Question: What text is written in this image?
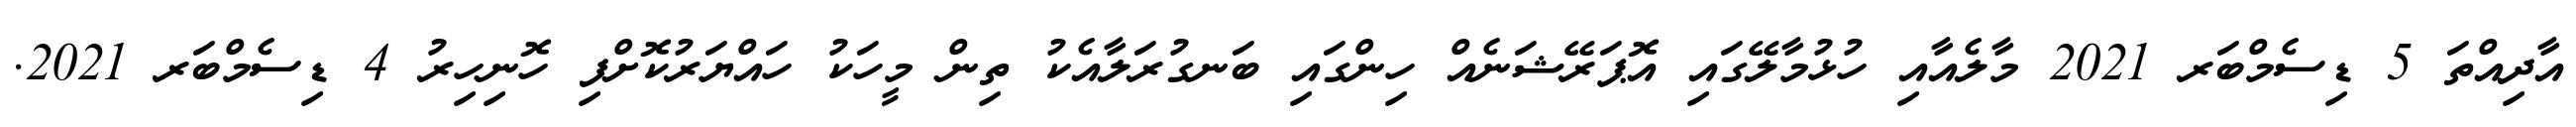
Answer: އާދިއްތަ 5 ޑިސެމްބަރ 2021 މާލެއާއި ހުޅުމާލޭގައި އޮޕަރޭޝަނެއް ހިންގައި ބަނގުރަލާއެކު ތިން މީހަކު ހައްޔަރުކޮށްފި ހޮނިހިރު 4 ޑިސެމްބަރ 2021.